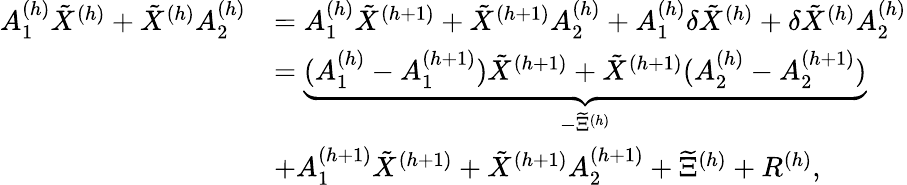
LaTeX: \begin{array}{rl}{A_{1}^{(h)}\tilde{X}^{(h)}+\tilde{X}^{(h)}A_{2}^{(h)}}&{=A_{1}^{(h)}\tilde{X}^{(h+1)}+\tilde{X}^{(h+1)}A_{2}^{(h)}+A_{1}^{(h)}\delta\tilde{X}^{(h)}+\delta\tilde{X}^{(h)}A_{2}^{(h)}}\\ &{=\underbrace{(A_{1}^{(h)}-A_{1}^{(h+1)})\tilde{X}^{(h+1)}+\tilde{X}^{(h+1)}(A_{2}^{(h)}-A_{2}^{(h+1)})}_{-\widetilde{\Xi}^{(h)}}}\\ &{+A_{1}^{(h+1)}\tilde{X}^{(h+1)}+\tilde{X}^{(h+1)}A_{2}^{(h+1)}+\widetilde{\Xi}^{(h)}+R^{(h)},}\end{array}